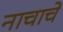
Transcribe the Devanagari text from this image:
नाचाचे